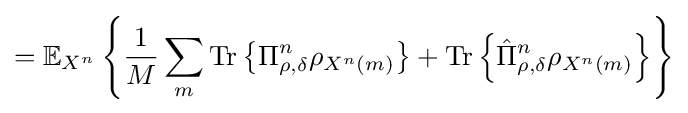
=\mathbb {E} _{X^{n}}\left\{{\frac {1}{M}}\sum _{m}{\text{Tr}}\left\{\Pi _{\rho ,\delta }^{n}\rho _{X^{n}\left(m\right)}\right\}+{\text{Tr}}\left\{{\hat {\Pi }}_{\rho ,\delta }^{n}\rho _{X^{n}\left(m\right)}\right\}\right\}